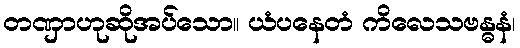
တဏှာဟုဆိုအပ်သော။ ယံပနေတံ ကိလေသဗန္ဓနံ၊